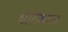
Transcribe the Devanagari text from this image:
धारकाटा